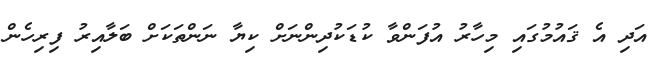
އަދި އެ ޤައުމުގައި މިހާރު އުފަންވާ ކުޑަކުދިންނަށް ކިޔާ ނަންތަކަށް ބަލާއިރު ފިރިހެން